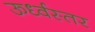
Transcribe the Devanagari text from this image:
ऊर्ध्वस्तर